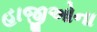
હાજીઓના